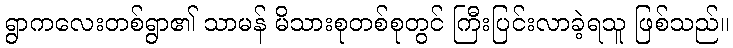
ရွာကလေးတစ်ရွာ၏ သာမန် မိသားစုတစ်စုတွင် ကြီးပြင်းလာခဲ့ရသူ ဖြစ်သည်။